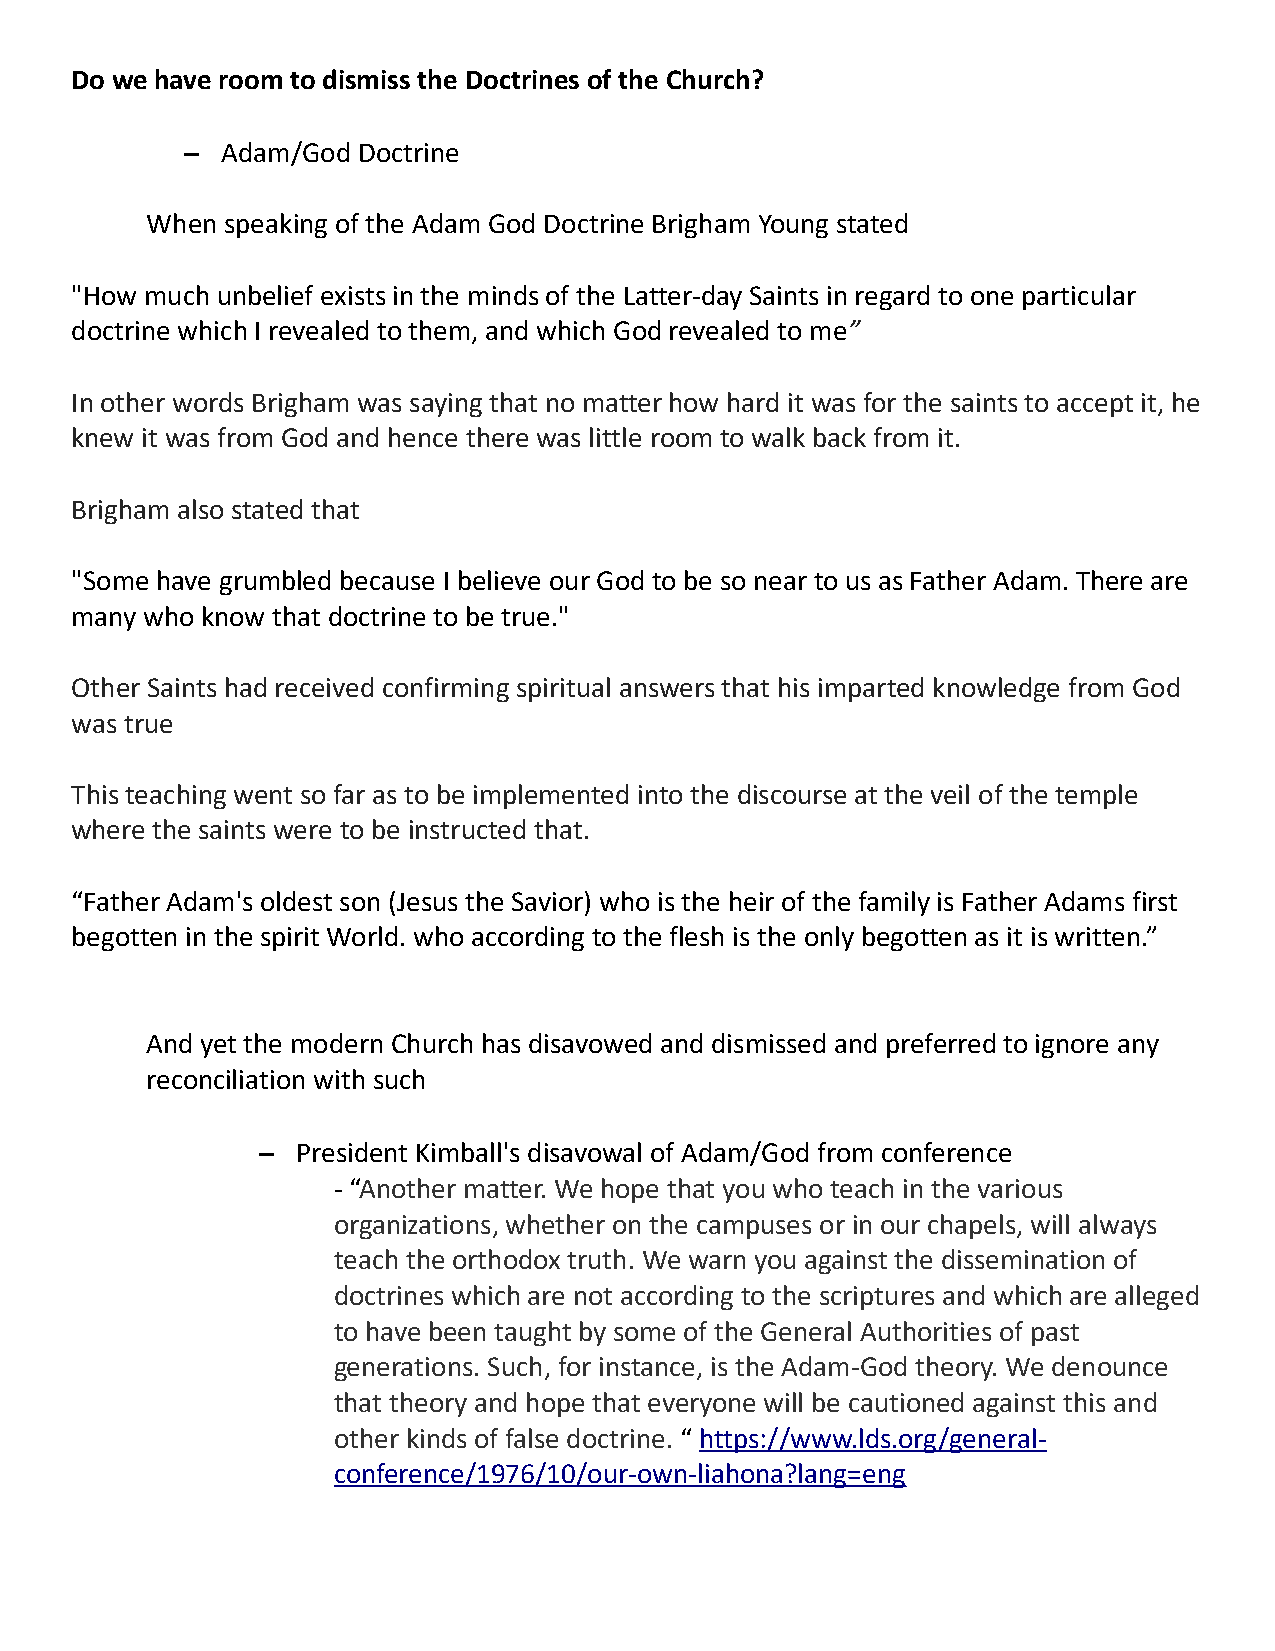
Do we have room to dismiss the Doctrines of the Church?
 –  Adam/God Doctrine
 When speaking of the Adam God Doctrine Brigham Young stated
 "How much unbelief exists in the minds of the Latter-day Saints in regard to one particular
 doctrine which I revealed to them, and which God revealed to me”
 In other words Brigham was saying that no matter how hard it was for the saints to accept it, he
 knew it was from God and hence there was little room to walk back from it.
 Brigham also stated that
 "Some have grumbled because I believe our God to be so near to us as Father Adam. There are
 many who know that doctrine to be true."
 Other Saints had received confirming spiritual answers that his imparted knowledge from God
 was true
 This teaching went so far as to be implemented into the discourse at the veil of the temple
 where the saints were to be instructed that.
 “Father Adam's oldest son (Jesus the Savior) who is the heir of the family is Father Adams first
 begotten in the spirit World. who according to the flesh is the only begotten as it is written.”
 And yet the modern Church has disavowed and dismissed and preferred to ignore any
 reconciliation with such
 –  President Kimball's disavowal of Adam/God from conference
 - “Another matter. We hope that you who teach in the various
 organizations, whether on the campuses or in our chapels, will always
 teach the orthodox truth. We warn you against the dissemination of
 doctrines which are not according to the scriptures and which are alleged
 to have been taught by some of the General Authorities of past
 generations. Such, for instance, is the Adam-God theory. We denounce
 that theory and hope that everyone will be cautioned against this and
 other kinds of false doctrine. “ https://www.lds.org/general-
 conference/1976/10/our-own-liahona?lang=eng